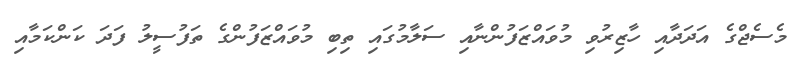
މެސެޖްގެ އަދަދާއި ހާޒިރުވި މުވައްޒަފުންނާއި ސަލާމުގައި ތިބި މުވައްޒަފުންގެ ތަފުސީލު ފަދަ ކަންކަމާއި